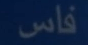
فاس